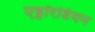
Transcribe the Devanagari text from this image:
एड्वॉरडियन